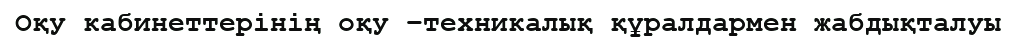
Оқу кабинеттерінің оқу –техникалық құралдармен жабдықталуы